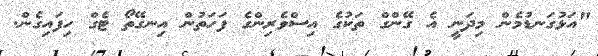
"އަޅުގަނޑުމެން މިދަނީ އެ ގޭންގް ތަކުގެ އިސްވެރިންގެ ފަހަތުން އިނގޭތޯ ޓެގް ހިފައިގެން.